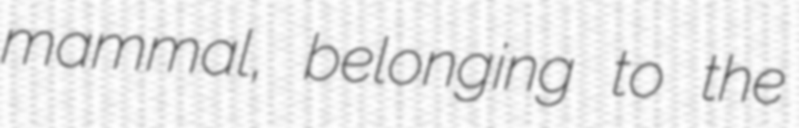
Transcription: mammal, belonging to the